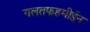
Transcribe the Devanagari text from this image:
गलतफहमीईन